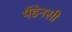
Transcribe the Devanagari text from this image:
पैंडेनसी